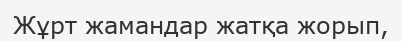
Жұрт жамандар жатқа жорып,